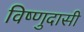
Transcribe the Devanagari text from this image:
विष्णुदासी